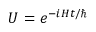
U = e ^ { - i H t / \hbar }